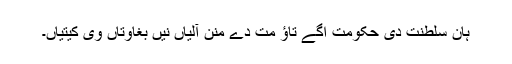
ہان سلطنت دی حکومت اگے تاؤ مت دے منن آلیاں نیں بغاوتاں وی کیتیاں۔